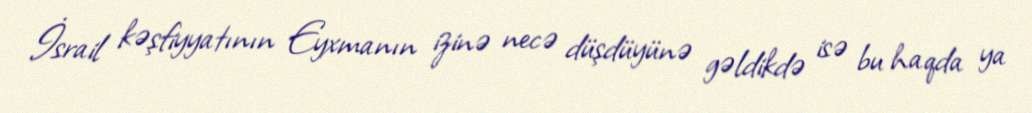
İsrail kəşfiyyatının Eyxmanın izinə necə düşdüyünə gəldikdə isə bu haqda ya